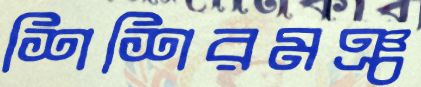
শিশিরমঞ্চ